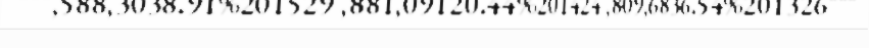
""",588,3038.91%201529 ,881,09120.44%201424 ,809,6836.54%201326"""